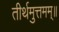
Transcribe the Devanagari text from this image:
तीर्थमुत्तमम्‌॥